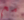
مع